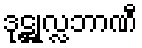
ဒုဋ္ဌုလ္လဘာဏီ